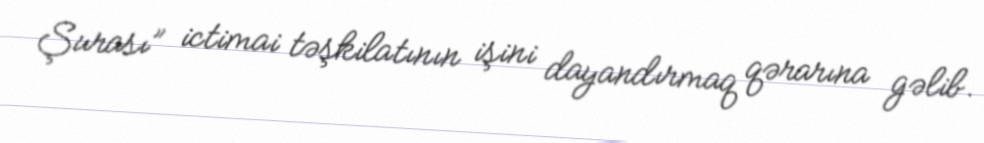
Şurası” ictimai təşkilatının işini dayandırmaq qərarına gəlib.